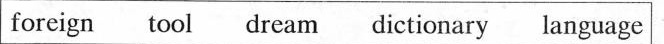
foreign tool dream dictionary language